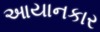
આયાનકાર